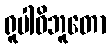
ရူပါဓိဘူတော